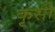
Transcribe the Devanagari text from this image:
कृसी